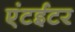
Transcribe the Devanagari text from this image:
एंटईटर